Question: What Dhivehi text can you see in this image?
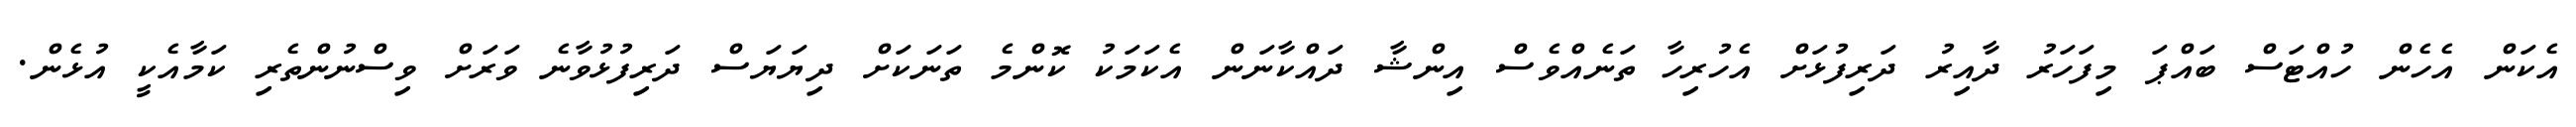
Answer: އެކަން އެހެން ހުއްޓަސް ބައްޕަ މިފަހަރު ދާއިރު ދަރިފުޅަށް އެހުރިހާ ތަނެއްވެސް އިންޝާ ދައްކާނަން އެކަމަކު ކޮންމެ ތަނަކަށް ދިޔަޔަސް ދަރިފުޅުވާނެ ވަރަށް ވިސްނުންތެރި ކަމާއެކީ އުޅެން.